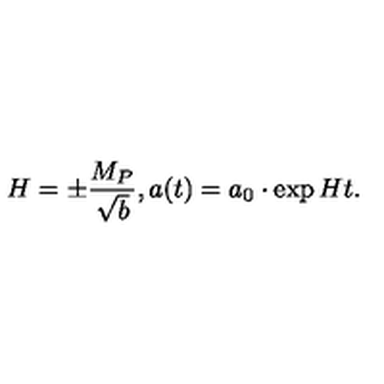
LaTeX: H = \pm \frac { M _ { P } } { \sqrt { b } } , a ( t ) = a _ { 0 } \cdot \exp { H t } .